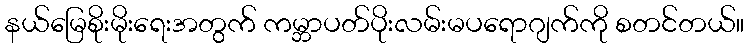
နယ်မြေစိုးမိုးရေးအတွက် ကမ္ဘာပတ်ပိုးလမ်းမပရောဂျက်ကို စတင်တယ်။